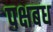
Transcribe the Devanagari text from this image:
पक्षबध